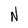
Character: N